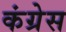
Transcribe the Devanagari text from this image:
कंग्रेस